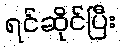
ရင်ဆိုင်ပြီး